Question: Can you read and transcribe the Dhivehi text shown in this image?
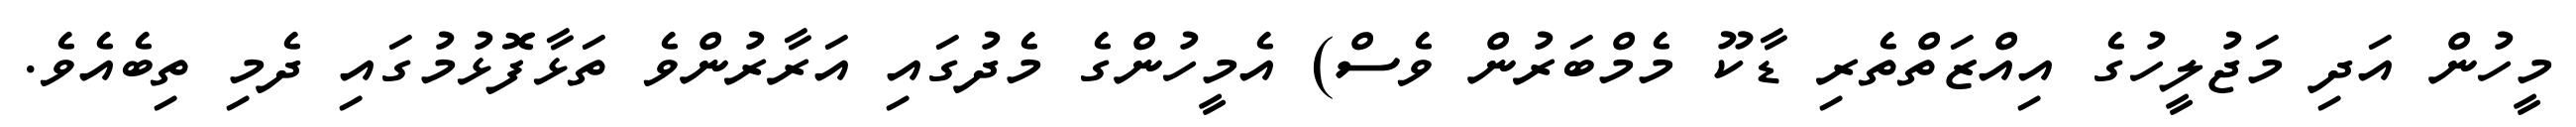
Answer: މީހުން އަދި މަޖުލީހުގެ އިއްޒަތްތެރި ޑާކޫ މެމްބަރުން ވެސް) އެމީހުންގެ މެދުގައި އަރާރުންވެ ތަޅާފޮޅުމުގައި ދެމި ތިބެއެވެ.